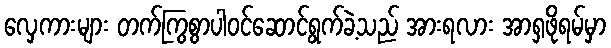
လှေကားများ တက်ကြွစွာပါဝင်ဆောင်ရွက်ခဲ့သည် အားရလား အာရှဖိုရမ်မှာ